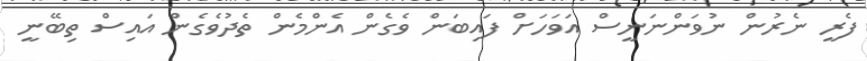
ފެރީ ނެރުން ނުވަންނަނީސް އަވަހަށް ފައިބަން ވެގެން އެންމެން ތެދުވެގެން އައިސް ތިބޭނީ